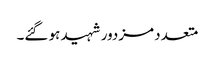
متعدد مزدور شہید ہو گئے۔